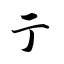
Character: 亍